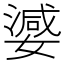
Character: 𭒞